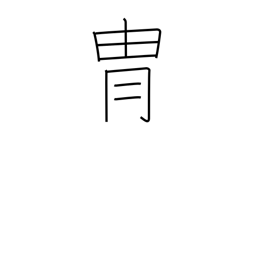
Meaning: helmet